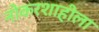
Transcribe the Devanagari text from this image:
नोकरशाहीला